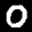
Label: 0